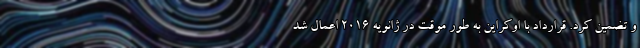
و تضمین کرد. قرارداد با اوکراین به طور موقت در ژانویه ۲۰۱۶ اعمال شد